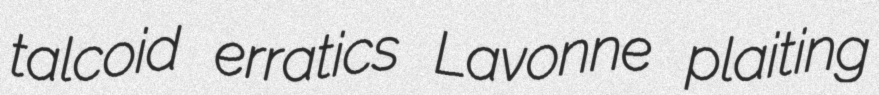
talcoid erratics Lavonne plaiting